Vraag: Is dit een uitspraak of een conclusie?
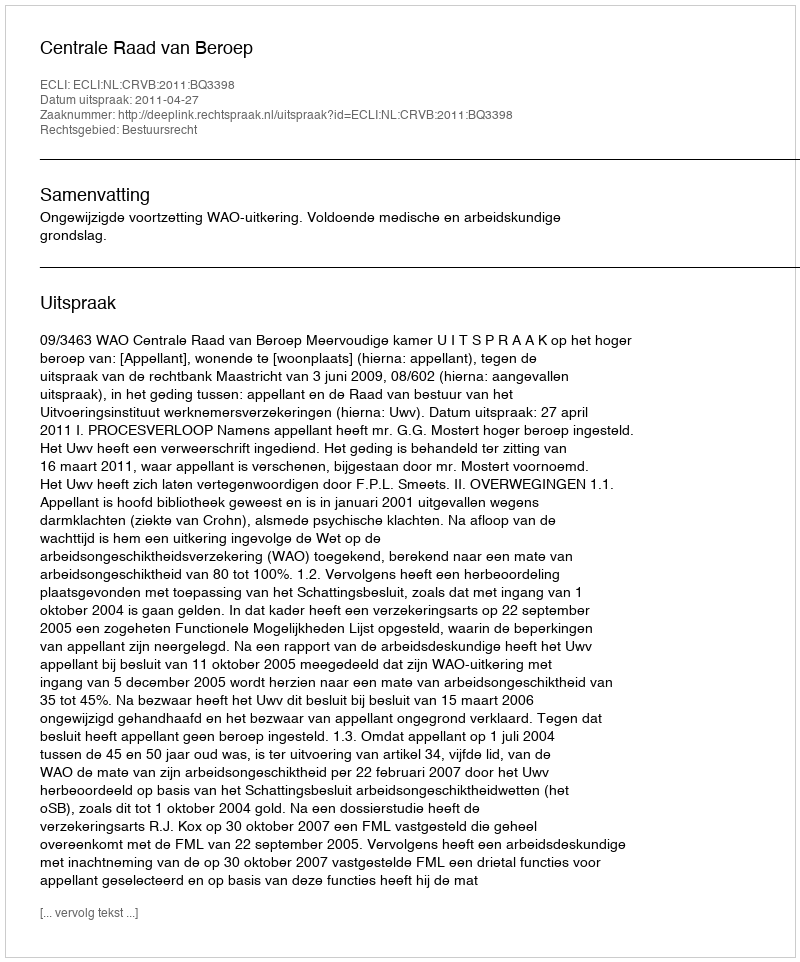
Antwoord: Uitspraak